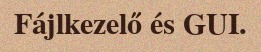
Fájlkezelő és GUI.